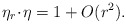
\begin{align*} \eta_r \!\cdot\! \eta = 1 + O(r^2) .\end{align*}